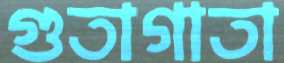
গুতাগাতা